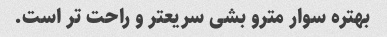
بهتره سوار مترو بشی سریعتر و راحت تر است.